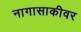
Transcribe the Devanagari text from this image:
नागासाकीवर